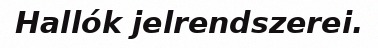
Hallók jelrendszerei.